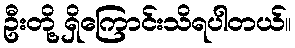
ဦးတို့ ရှိကြောင်းသိရပါတယ်။